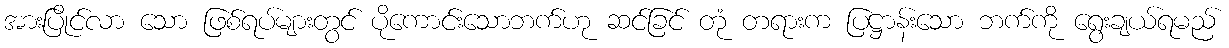
အားပြိုင်လာ သော ဖြစ်ရပ်များတွင် ပိုကောင်းသောဘက်ဟု ဆင်ခြင် တုံ တရားက ပြဋ္ဌာန်းသော ဘက်ကို ရွေးချယ်ရမည်